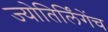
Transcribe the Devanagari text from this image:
ज्योतिर्लिंगेंच